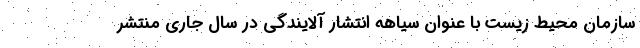
سازمان محیط زیست با عنوان سیاهه انتشار آلایندگی در سال جاری منتشر